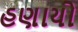
હણાયો